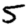
Digit: 5